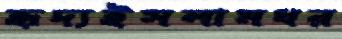
হৃদ্যইসলামধর